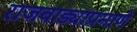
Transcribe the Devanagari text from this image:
राजवाड्याप्रमाणे